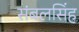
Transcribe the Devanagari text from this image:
संबलसिंह